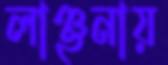
লাঞ্ছনায়